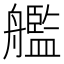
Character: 艦